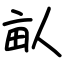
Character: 畒